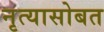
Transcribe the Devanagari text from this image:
नृत्यासोबत